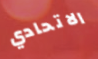
الاتحادي